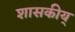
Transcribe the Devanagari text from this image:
शासकीय्